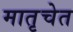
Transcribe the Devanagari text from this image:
मातृचेत